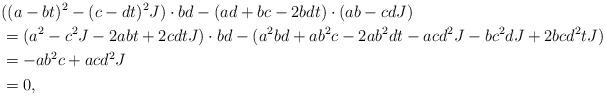
LaTeX: \begin{align*} & ( (a-bt)^2 - (c-dt)^2 J ) \cdot bd - (ad + bc - 2bdt) \cdot (ab - cd J) \\ & = ( a^2 - c^2 J - 2abt + 2cdtJ ) \cdot bd - (a^2bd + ab^2c - 2ab^2dt - acd^2J - bc^2dJ + 2bcd^2tJ) \\ & = -ab^2c + acd^2 J \\ & = 0,\end{align*}